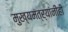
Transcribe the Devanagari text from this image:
मुख्यमंत्र्यांनीही